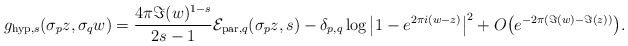
\begin{align*} g_{\mathrm{hyp},s}(\sigma_{p}z,\sigma_{q}w)= \frac{4\pi\Im(w)^{1-s}}{2s-1}\mathcal{E}_{\mathrm{par},q}(\sigma_{p}z,s) -\delta_{p,q} \log\big|1- e^{2\pi i (w-z)}\big|^{2} +O\big(e^{-2\pi (\Im( w)-\Im (z))}\big). \end{align*}